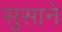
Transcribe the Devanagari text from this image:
सुसाने